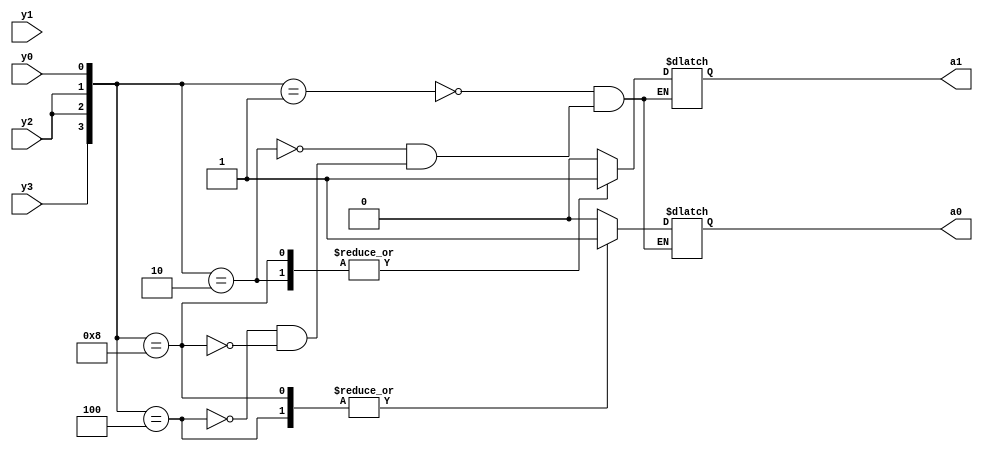

module encoder_beh(a0,a1,y0,y1,y2,y3);
output reg a0,a1;
input  y0,y1,y2,y3;
always@(*)
begin
case({y3,y2,y2,y0})

4'b0001:a0=0;
4'b0010:a0=0;
4'b0100:a0=1;
4'b1000:a0=1;
endcase 

case({y3,y2,y2,y0})
4'b0001:a1=0;
4'b0010:a1=1;
4'b0100:a1=0;
4'b1000:a1=1;
endcase 

end
endmodule